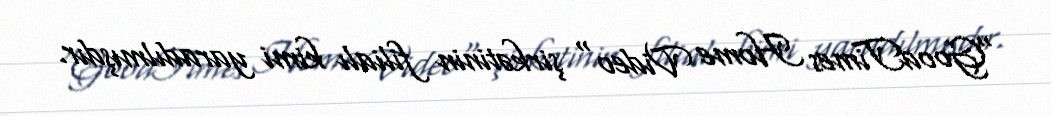
"GoodTimes Home Video" şirkətinin filialı kimi yaradılmışdır.